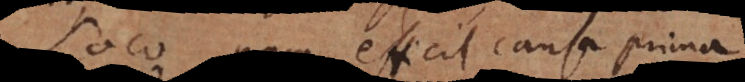
Loco nam efficit causa prima